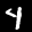
Label: 4